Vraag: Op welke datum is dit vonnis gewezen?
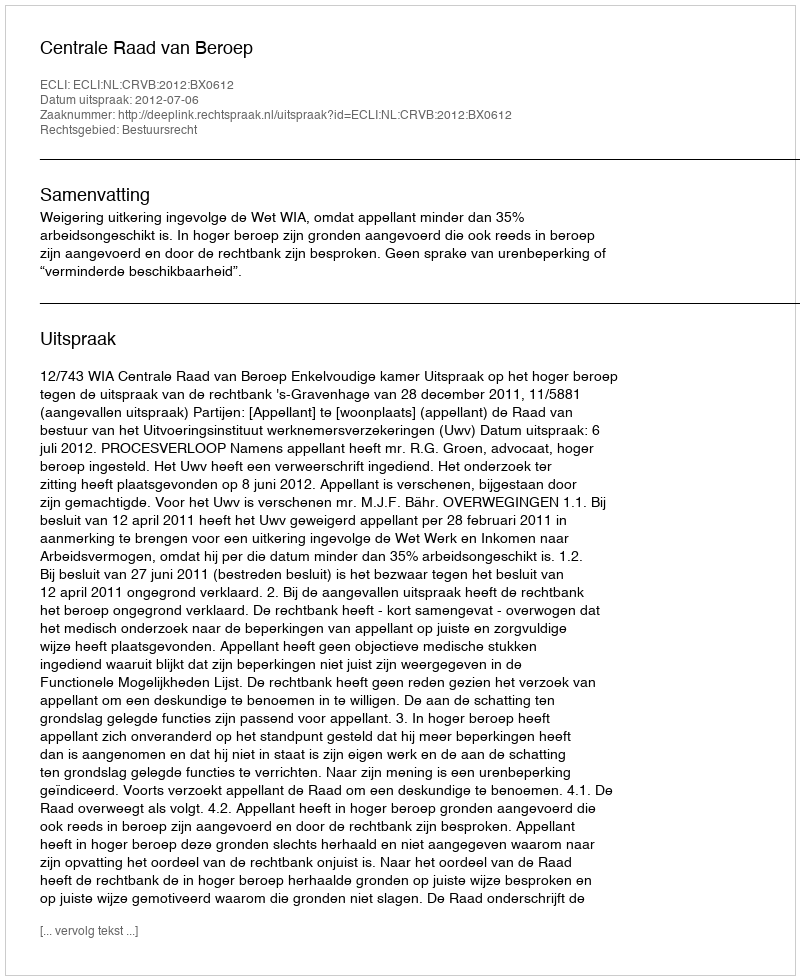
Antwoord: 2012-07-06